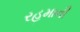
રહમાની